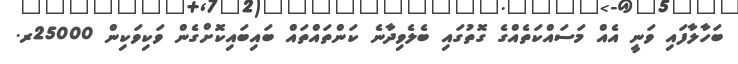
ބަހާލާފައި ވަނީ އެއް މަސައްކަތެއްގެ ގޮތުގައި ބެލެވިދާނެ ކަންތައްތައް ބައިބައިކޮށްގެން ވަކިވަކިން 25000ރ.